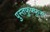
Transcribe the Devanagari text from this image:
पुस्तफुफ्फुस